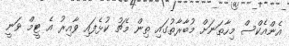
އެންއެކްސް މިހާތަނަށް މުބާރާތުގައި ތިން މެޗު ކުޅެފައި ވާއިރު އެ ޓީމް ވަނީ